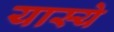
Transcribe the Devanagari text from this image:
यास्ये